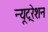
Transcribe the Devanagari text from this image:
न्यूट्ररेशन